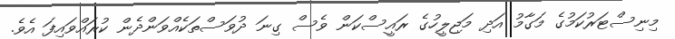
މިނިސްޓަރުކަމުގެ މަގާމު އަދި މަޖިލީހުގެ ރައީސްކަން ވެސް ގިނަ ދުވަސްތަކެއްވަންދެން ކުރައްވައިފަ އެވެ.